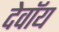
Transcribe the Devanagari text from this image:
देवॉय